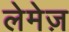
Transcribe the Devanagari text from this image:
लेमेज़